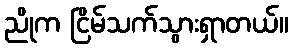
ညိုက ငြိမ်သက်သွားရှာတယ်။